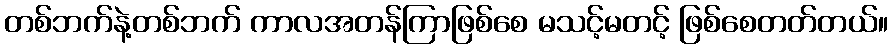
တစ်ဘက်နဲ့တစ်ဘက် ကာလအတန်ကြာဖြစ်စေ မသင့်မတင့် ဖြစ်စေတတ်တယ်။